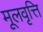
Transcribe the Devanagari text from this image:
मूलवृत्ति